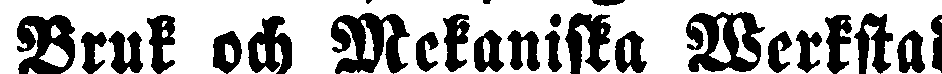
Bruk och Mekaniska Werkstad